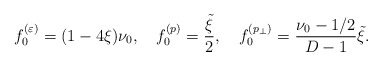
\begin{align*} f^{(\varepsilon )}_{0}=(1-4\xi )\nu _0,\quad f^{(p)}_{0}= \frac{\tilde \xi }{2},\quad f^{(p_{\perp })}_{0}=\frac{\nu _0-1/2}{D-1}\tilde \xi .\end{align*}